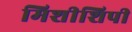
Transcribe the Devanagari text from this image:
मिशीशिपी